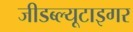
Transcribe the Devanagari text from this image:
जीडब्ल्यूटाइगर